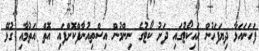
ފަހަނައަޅާ ދިޔަފަހުން ހައިކޯޓުގައި ދަށު ކޯޓުގެ ނިންމުން އިސްތިއުނާފްކޮށްފައި އޮތް އަތުމާއި ގުޅޭ